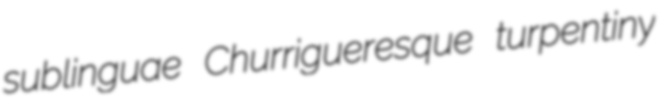
sublinguae Churrigueresque turpentiny